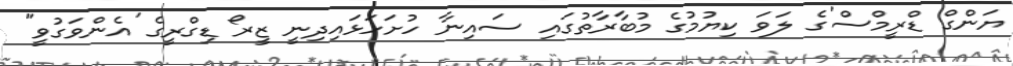
ޔަންގް ޑްރީމްސް'ގެ ލަވަ ކިޔުމުގެ މުބާރާތުގައި ސައިނާ ހުށަހަޅައިދިނީ ޒީރޯ ޑިގްރީގެ 'އެންވަގުވީ"